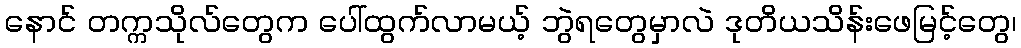
နောင် တက္ကသိုလ်တွေက ပေါ်ထွက်လာမယ့် ဘွဲရတွေမှာလဲ ဒုတိယသိန်းဖေမြင့်တွေ၊